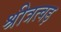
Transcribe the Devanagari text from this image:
श्रीत्रत्वड़